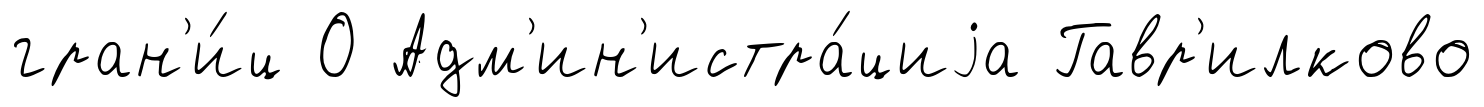
гран'и́ц О Адм'ин'истра́циjа Гавр'илково